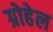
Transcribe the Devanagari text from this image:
ग्रोहेल